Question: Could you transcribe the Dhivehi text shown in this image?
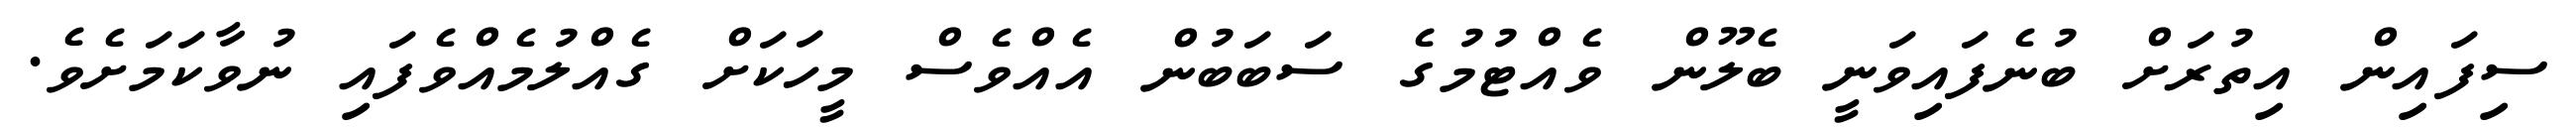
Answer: ސިފައިން އިތުރަށް ބުނެފައިވަނީ ބެލޫން ވެއްޓުމުގެ ސަބަބުން އެއްވެސް މީހަކަށް ގެއްލުމެއްވެފައި ނުވާކަމަށެވެ.